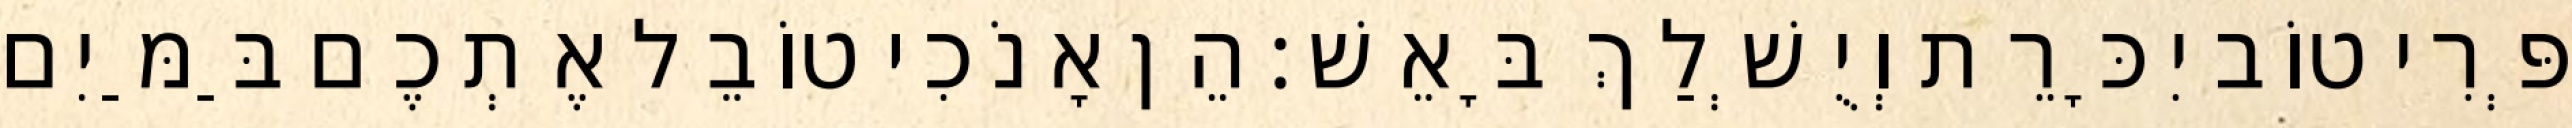
פְּרִי טוֹב יִכָּרֵת וְיֻשְׁלַךְ בָּאֵשׁ׃ הֵן אָנֹכִי טוֹבֵל אֶתְכֶם בַּמַּיִם